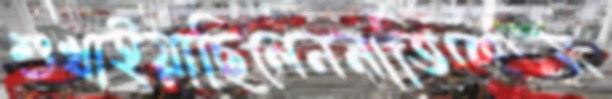
শুখাইয়াছিলেননাতিকেটম